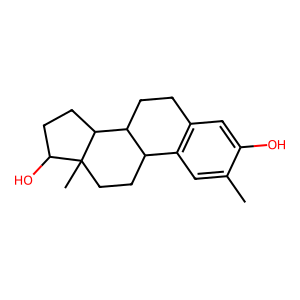
SMILES: Cc1cc2c(cc1O)CCC1C2CCC2(C)C(O)CCC12
Inhibits HIV replication: No